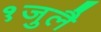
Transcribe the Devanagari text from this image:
१जुलै